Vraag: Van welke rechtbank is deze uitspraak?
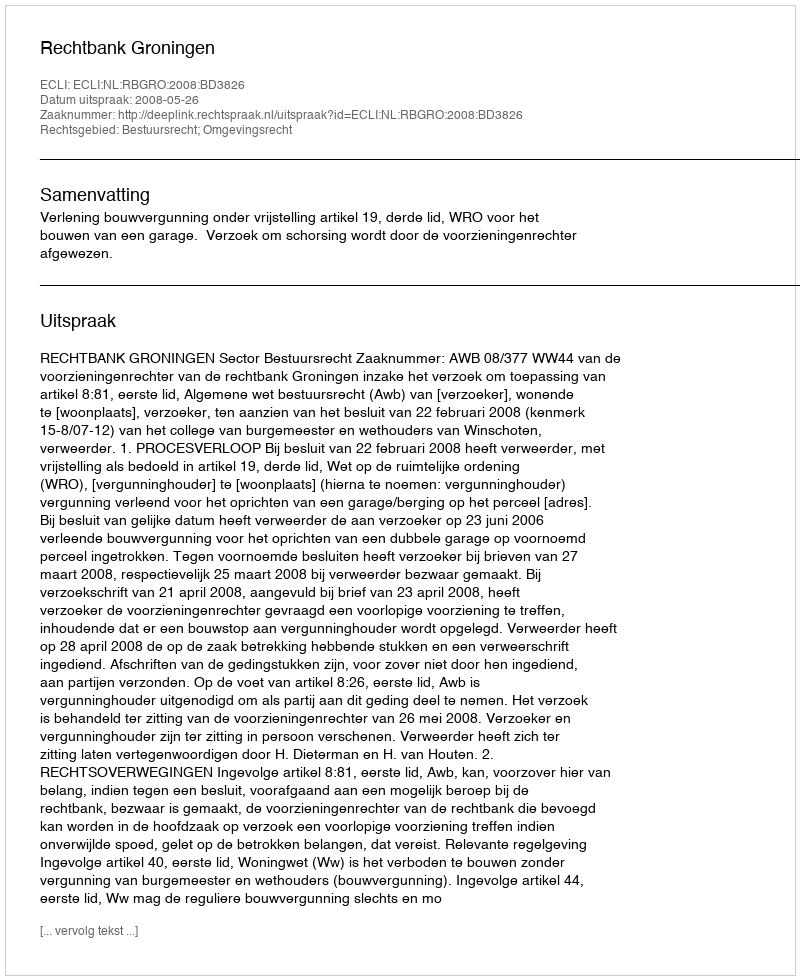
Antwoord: Rechtbank Groningen